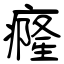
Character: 癃